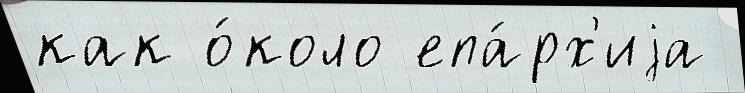
как о́коло епа́рх'иjа